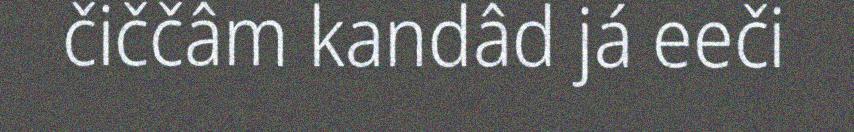
čiččâm kandâd já eeči